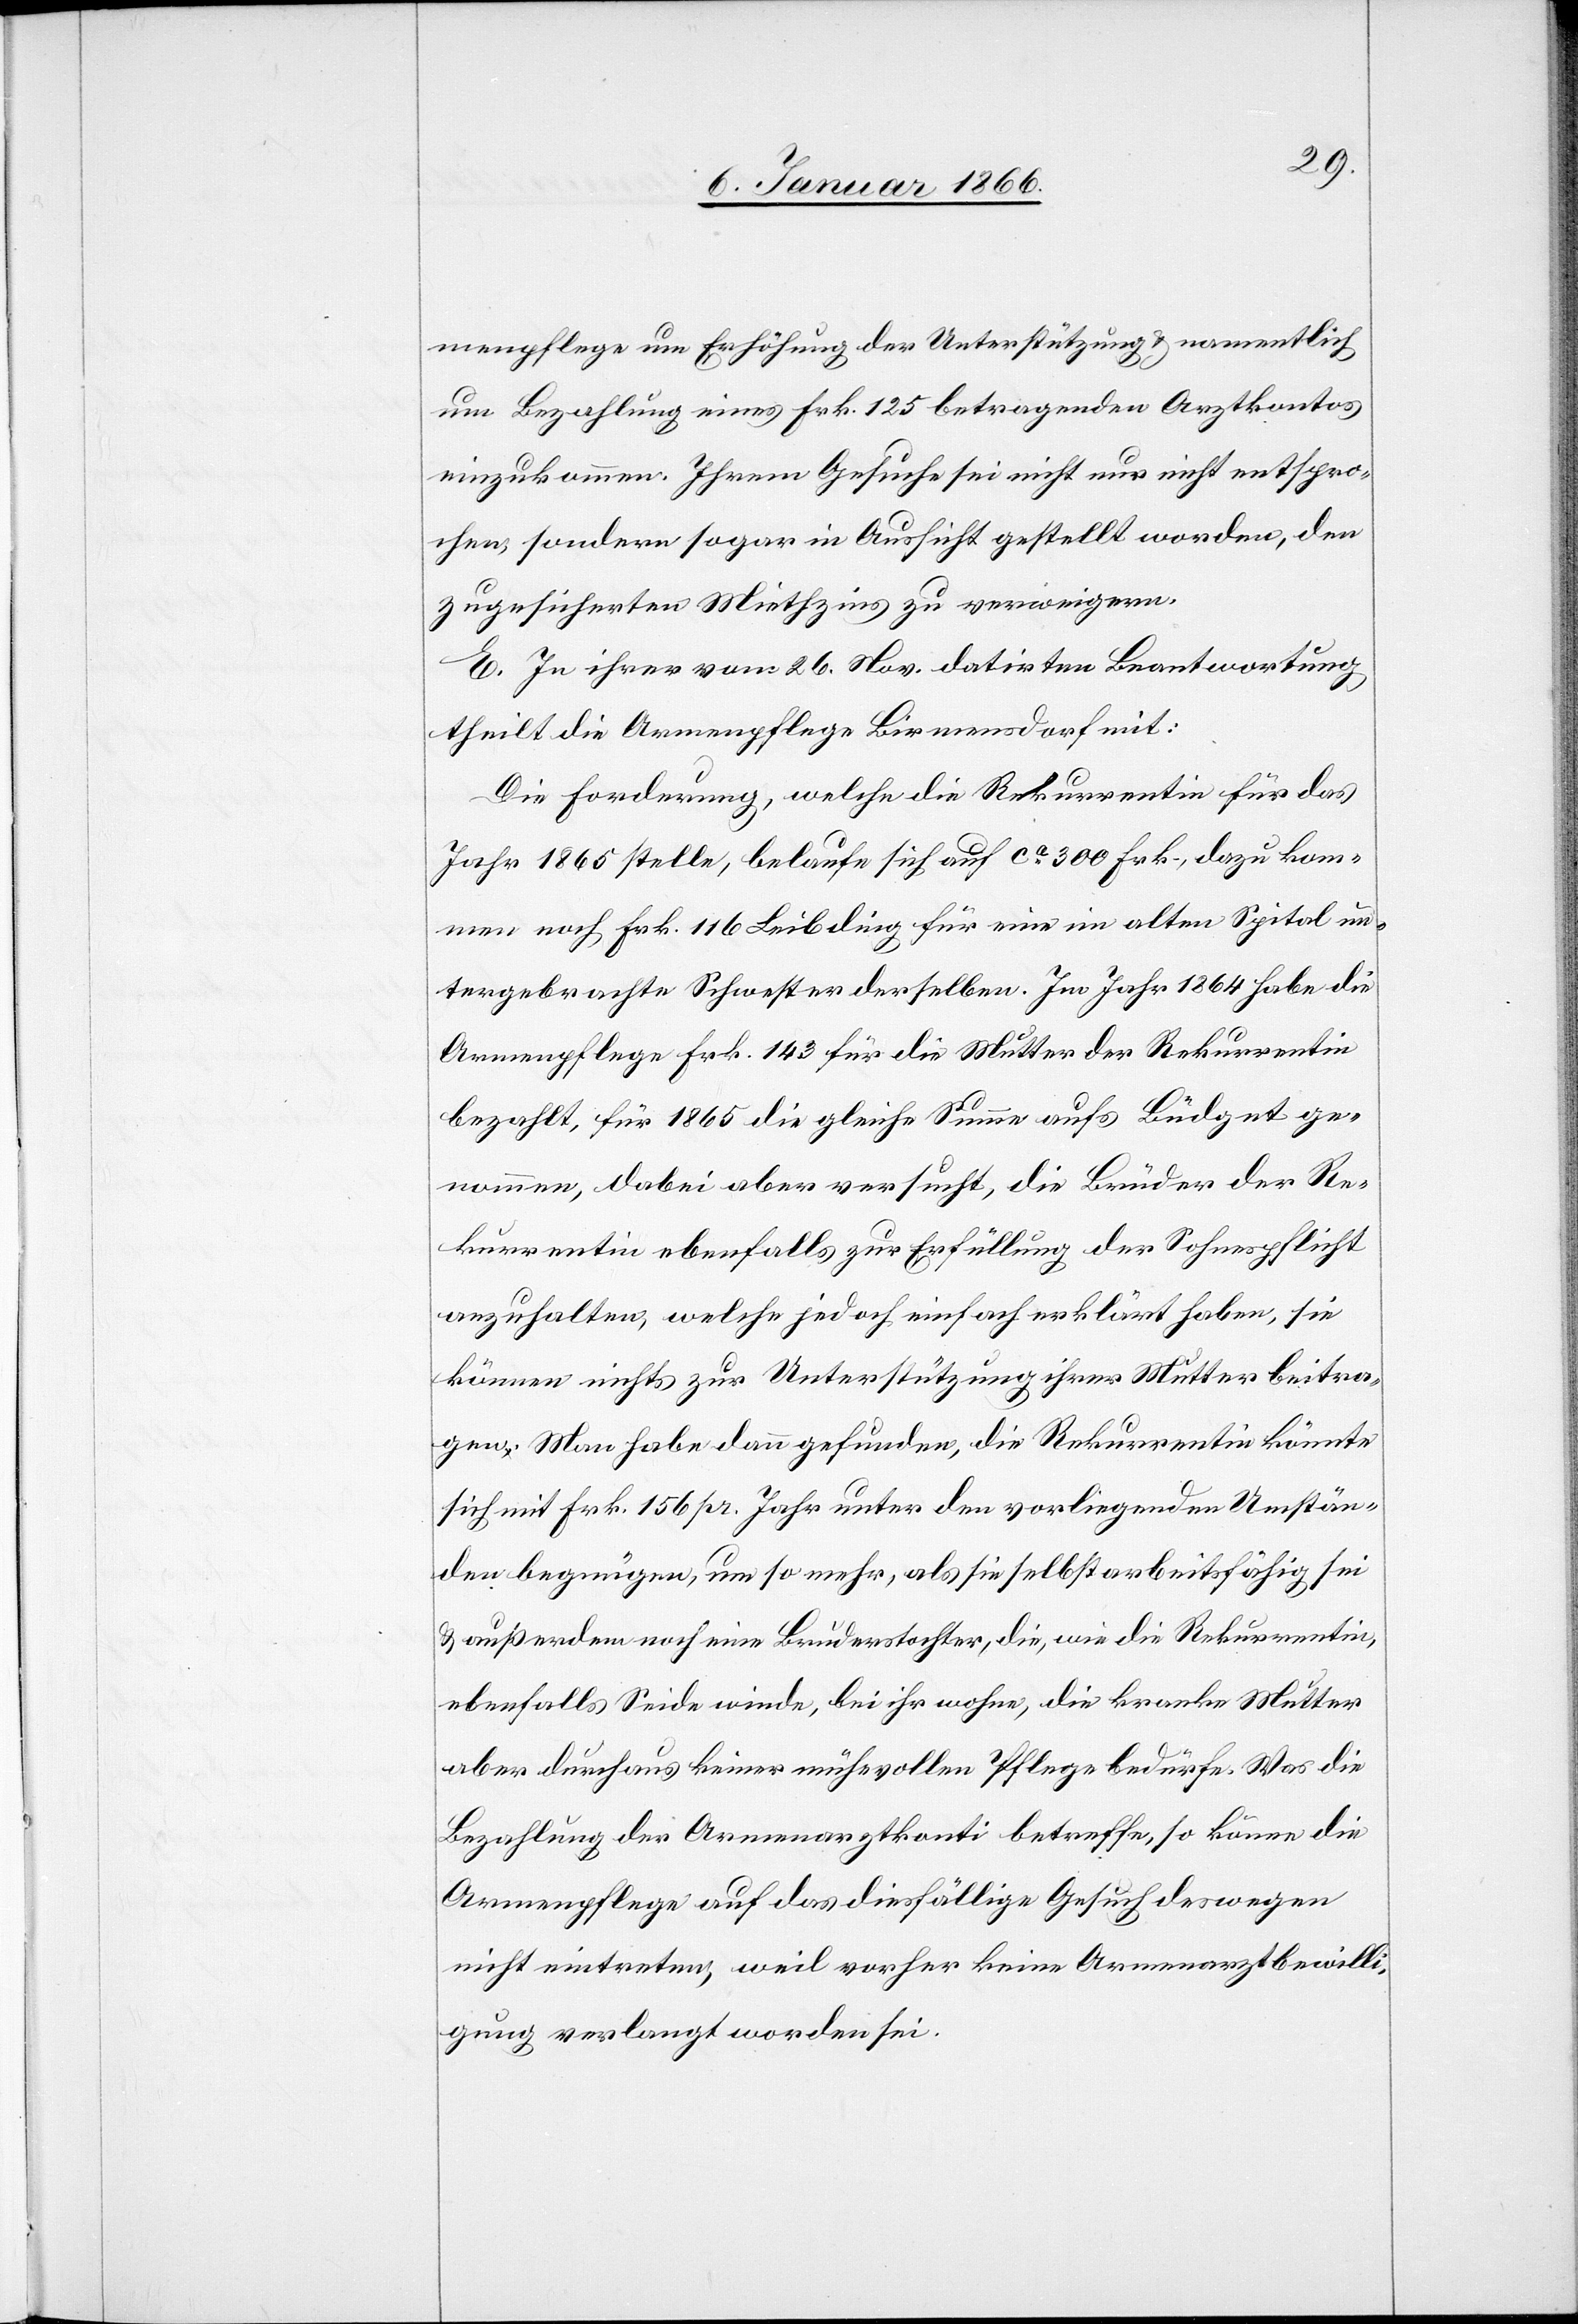
menpflege um Erhöhung der Unterstützung u. namentlich
um Bezahlung eines Frk. 125 betragenden Arztkontos
einzukommen. Ihrem Gesuche sei nicht nur nicht entspro¬
chen, sondern sogar in Aussicht gestellt worden, den
zugesicherten Mietzins zu verweigern.
E. Zu ihrer vom 26. Nov. datirten Beantwortung
theilt die Armenpflege Birmensdorf mit:
Die Forderung, welche die Rekurrentin für das
Jahr 1865 stelle, belaufe sich auf ca. 300 Frk., dazu kom¬
men noch Frk. 116 Leibding für eine im alten Spital un¬
tergebrachten Schwester derselben. Im Jahr 1864 habe die
Armenpflege Frk. 143 für die Mutter der Rekurrentin
bezahlt, für 1865 die gleiche Summe aufs Büdget ge¬
nommen, dabei aber versucht, die Brüder der Re¬
kurrentin ebenfalls zur Erfüllung der Sohnespflicht
anzuhalten, welche jedoch einfach erklärt haben, sie
können nichts zur Unterstützung ihrer Mutter beitra¬
gen. Man habe dann gefunden, die Rekurrentin könnte
sich mit Frk. 156 pr. Jahr unter den vorliegenden Umstän¬
den begnügen, um so mehr, als sie selbst arbeitsfähig sei
u. außerdem noch eine Bruderstochter, die, wie die Rekurrentin,
ebenfalls Seide winde, bei ihr wohne, die kranke Mutter
aber durchaus keiner mühevollen Pflege bedürfe. Was die
Bezahlung der Armenarztkonti betreffe, so könne die
Armenpflege auf das diesfällige Gesuch deswegen
nicht eintreten, weil vorher keine Armenarztbewilli¬
gung verlangt worden sei.